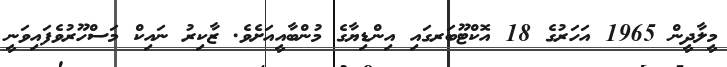
މީލާދީން 1965 އަހަރުގެ 18 އޮކްޓޫބަރގައި އިންޑިޔާގެ މުންބާއީއަށެވެ. ޒާކިރު ނައިކް މަސްހޫރުވެފައިވަނީ